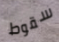
سقوط